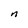
Character: n